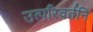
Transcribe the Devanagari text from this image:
उत्परिवर्तनि